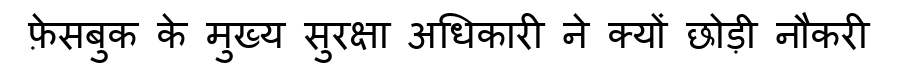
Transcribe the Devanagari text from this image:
फ़ेसबुक के मुख्य सुरक्षा अधिकारी ने क्यों छोड़ी नौकरी